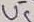
Text: U5-